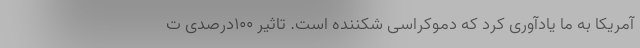
آمریکا به ما یادآوری کرد که دموکراسی شکننده است. تاثیر ۱۰۰درصدی ت